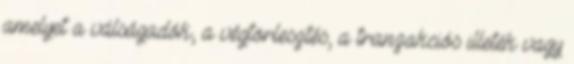
amelyet a válságadók, a végtörlesztés, a tranzakciós illeték vagy